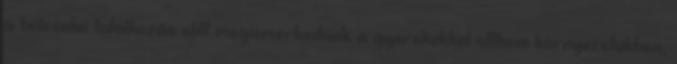
a bölcsıdei találkozás elıtt megismerkedünk a gyerekekkel otthoni környezetükben,